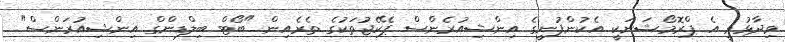
ވިދާޅުވީ އެ ޕްރޮމޯޝަނަކީ އެކުންފުނީގެ އިންޝިއުރެންސް ޕެކޭޖުތަކުގެ ތެރެއިން "ބޯޓް ބިލްޑިންގް އިންޝިއުރަންސް"